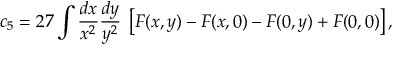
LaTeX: c _ { 5 } = 2 7 \int \frac { d x } { x ^ { 2 } } \frac { d y } { y ^ { 2 } } \; \left[ F ( x , y ) - F ( x , 0 ) - F ( 0 , y ) + F ( 0 , 0 ) \right] ,